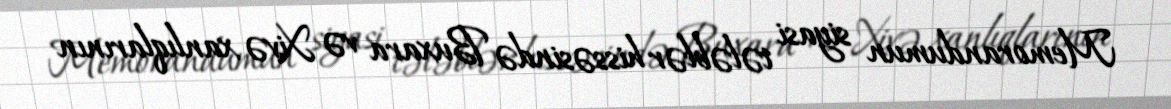
Memorandumun siyasi tələblər hissəsində Buxara və Xivə xanlıqlarının